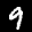
Label: 9